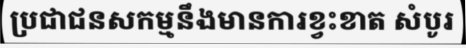
ប្រជាជនសកម្មនឹងមានការខ្វះខាត សំបូរ